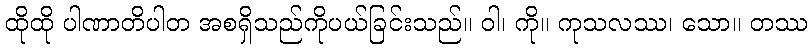
ထိုထို ပါဏာတိပါတ အစရှိသည်ကိုပယ်ခြင်းသည်။ ဝါ၊ ကို။ ကုသလဿ၊ သော။ တဿ